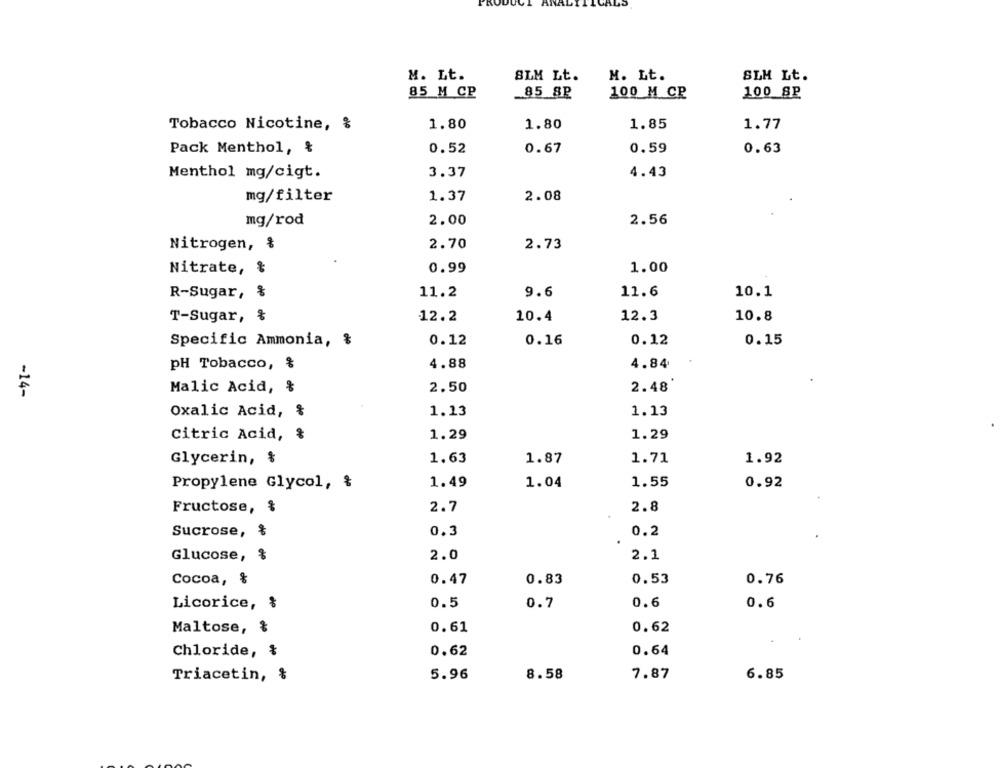
M. Lt.
SLM Lt.
M. Lt.
SLM Lt.
85 M CP
85 8P
100 M CP
100_SP
Tobacco Nicotine, %
1.80
1.80
1.85
1.77
Pack Menthol, &
0.52
0.67
0.59
0.63
Menthol mg/cigt.
3.37
4.43
mg/filter
1.37
2.08
mg/rod
2.00
2.56
Nitrogen, &
2.70
2.73
0.99
1.00
Nitrate, &
9.6
11.6
10.1
R-Sugar, &
11.2
12.3
T-Sugar, %
12.2
10.4
10.8
Specific Ammonia, &
0.12
0.16
0.12
0.15
pH Tobacco, %
4.88
4.84
Malic Acid, &
2.50
2.48
-14-
Oxalic Acid, &
1.13
1.13
citric Acid, &
1.29
1.29
Glycerin, $
1.63
1.87
1.71
1.92
Propylene Glycol, &
1.49
1.04
1.55
0.92
2.7
Fructose, $
2.8
Sucrose, &
0.3
0.2
Glucose, %
2.0
2.1
Cocoa, %
0.47
0.83
0.53
0.76
Licorice, %
0.5
0.7
0.6
0.6
Maltose,
0.61
0.62
Chloride, &
0.62
0.64
5.96
8.58
7.87
6.85
Triacetin, &